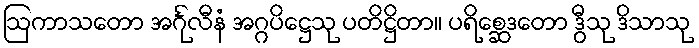
ဩကာသတော အင်္ဂုလီနံ အဂ္ဂပိဋ္ဌေသု ပတိဋ္ဌိတာ။ ပရိစ္ဆေဒတော ဒွီသု ဒိသာသု